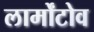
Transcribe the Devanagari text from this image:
लार्मोंटोव